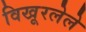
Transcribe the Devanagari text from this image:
विखूरलेले